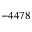
- 4 4 7 8